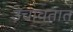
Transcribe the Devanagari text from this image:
उंचावतात